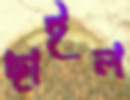
ছাইল